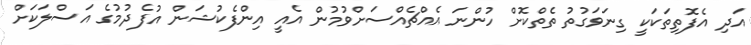
އަދި އެފޮތިތަކަކީ ގިނަވަގުތު ތެތްކޮށް ހުންނަ އެއްޗެއްސަށްވުމުން އެއީ އިންފެކުޝަން އުފެދުމުގެ އަސްލަކަށް